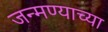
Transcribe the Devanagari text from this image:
जन्मण्याच्या